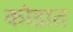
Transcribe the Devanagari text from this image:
कोडात